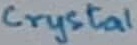
Text: Crystal